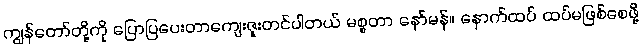
ကျွန်တော်တို့ကို ပြောပြပေးတာကျေးဇူးတင်ပါတယ် မစ္စတာ နော်မန်။ နောက်ထပ် ထပ်မဖြစ်စေဖို့